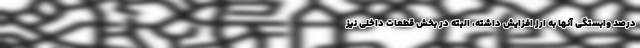
درصد وابستگی آنها به ارز افزایش داشته، البته در بخش قطعات داخلی نیز